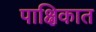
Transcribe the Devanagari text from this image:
पाक्षिकात